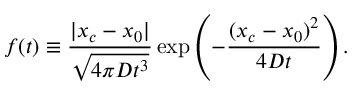
f ( t ) \equiv { \frac { | x _ { c } - x _ { 0 } | } { \sqrt { 4 \pi D t ^ { 3 } } } } \exp \left( - { \frac { ( x _ { c } - x _ { 0 } ) ^ { 2 } } { 4 D t } } \right) .